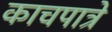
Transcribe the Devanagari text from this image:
काचपात्रे